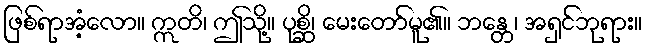
ဖြစ်ရာအံ့လော။ ဣတိ၊ ဤသို့။ ပုစ္ဆိ၊ မေးတော်မူ၏။ ဘန္တေ၊ အရှင်ဘုရား။